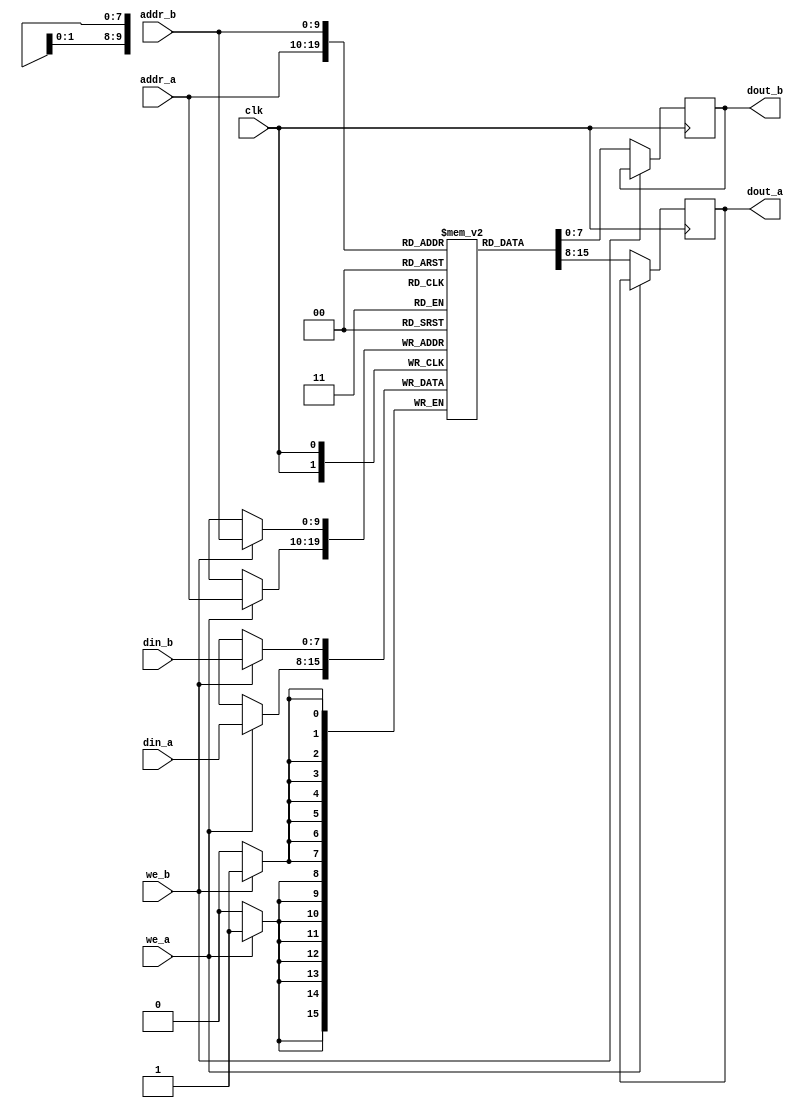
module dual_port_sram #(
    parameter DATA_WIDTH = 8,  // Width of data bus
    parameter ADDR_WIDTH = 10,  // Width of address bus
    parameter MEM_SIZE = 1 << ADDR_WIDTH // Total memory size
)(
    input  wire clk,
    input  wire we_a,            // Write enable for Port A
    input  wire we_b,            // Write enable for Port B
    input  wire [ADDR_WIDTH-1:0] addr_a, // Address for Port A
    input  wire [ADDR_WIDTH-1:0] addr_b, // Address for Port B
    input  wire [DATA_WIDTH-1:0] din_a,   // Data input for Port A
    input  wire [DATA_WIDTH-1:0] din_b,   // Data input for Port B
    output reg [DATA_WIDTH-1:0] dout_a,    // Data output for Port A
    output reg [DATA_WIDTH-1:0] dout_b     // Data output for Port B
);

    // Memory array
    reg [DATA_WIDTH-1:0] mem [0:MEM_SIZE-1];

    // Port A read/write process
    always @(posedge clk) begin
        // Read operation for Port A
        if (!we_a) begin
            dout_a <= mem[addr_a];  // Read data from memory
        end else begin
            mem[addr_a] <= din_a;    // Write data to memory
        end
    end

    // Port B read/write process
    always @(posedge clk) begin
        // Read operation for Port B
        if (!we_b) begin
            dout_b <= mem[addr_b];  // Read data from memory
        end else begin
            mem[addr_b] <= din_b;    // Write data to memory
        end
    end

endmodule